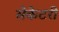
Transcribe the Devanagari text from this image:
सेकेटरी